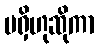
မရှိဟုဆိုကာ